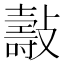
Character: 𣀓